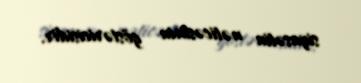
siyasətin nəticəsinin göstəricisidir.